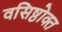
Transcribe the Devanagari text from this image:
वसिष्ठोक्त